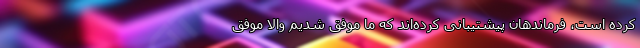
کرده است، فرماندهان پیشتیبانی کرده‌اند که ما موفق شدیم والا موفق